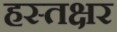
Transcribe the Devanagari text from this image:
हस्तक्षर